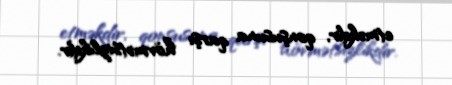
etməkdir, qonşusuna qarşı hörmətsizlikdir.